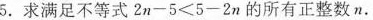
5. 求满足不等式$$2 n - 5 < 5 - 2 n$$的所有正整数n.